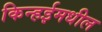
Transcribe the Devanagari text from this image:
किन्हईमधील